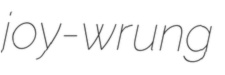
joy-wrung